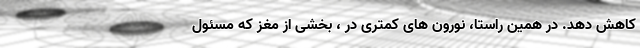
کاهش دهد. در همین راستا، نورون های کمتری در ، بخشی از مغز که مسئول